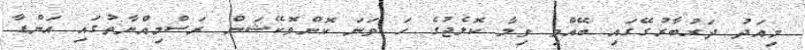
މިއަދު ދަރުބާރުގޭގައި ބޭއްވި ވިލާ ކޮލެޖުގެ ހަ ވަނަ ކޮންވޮކޭޝަން ރަސްމިއްޔާތުގައި އަންޑާ